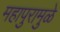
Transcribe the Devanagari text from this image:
महापुरामुळे